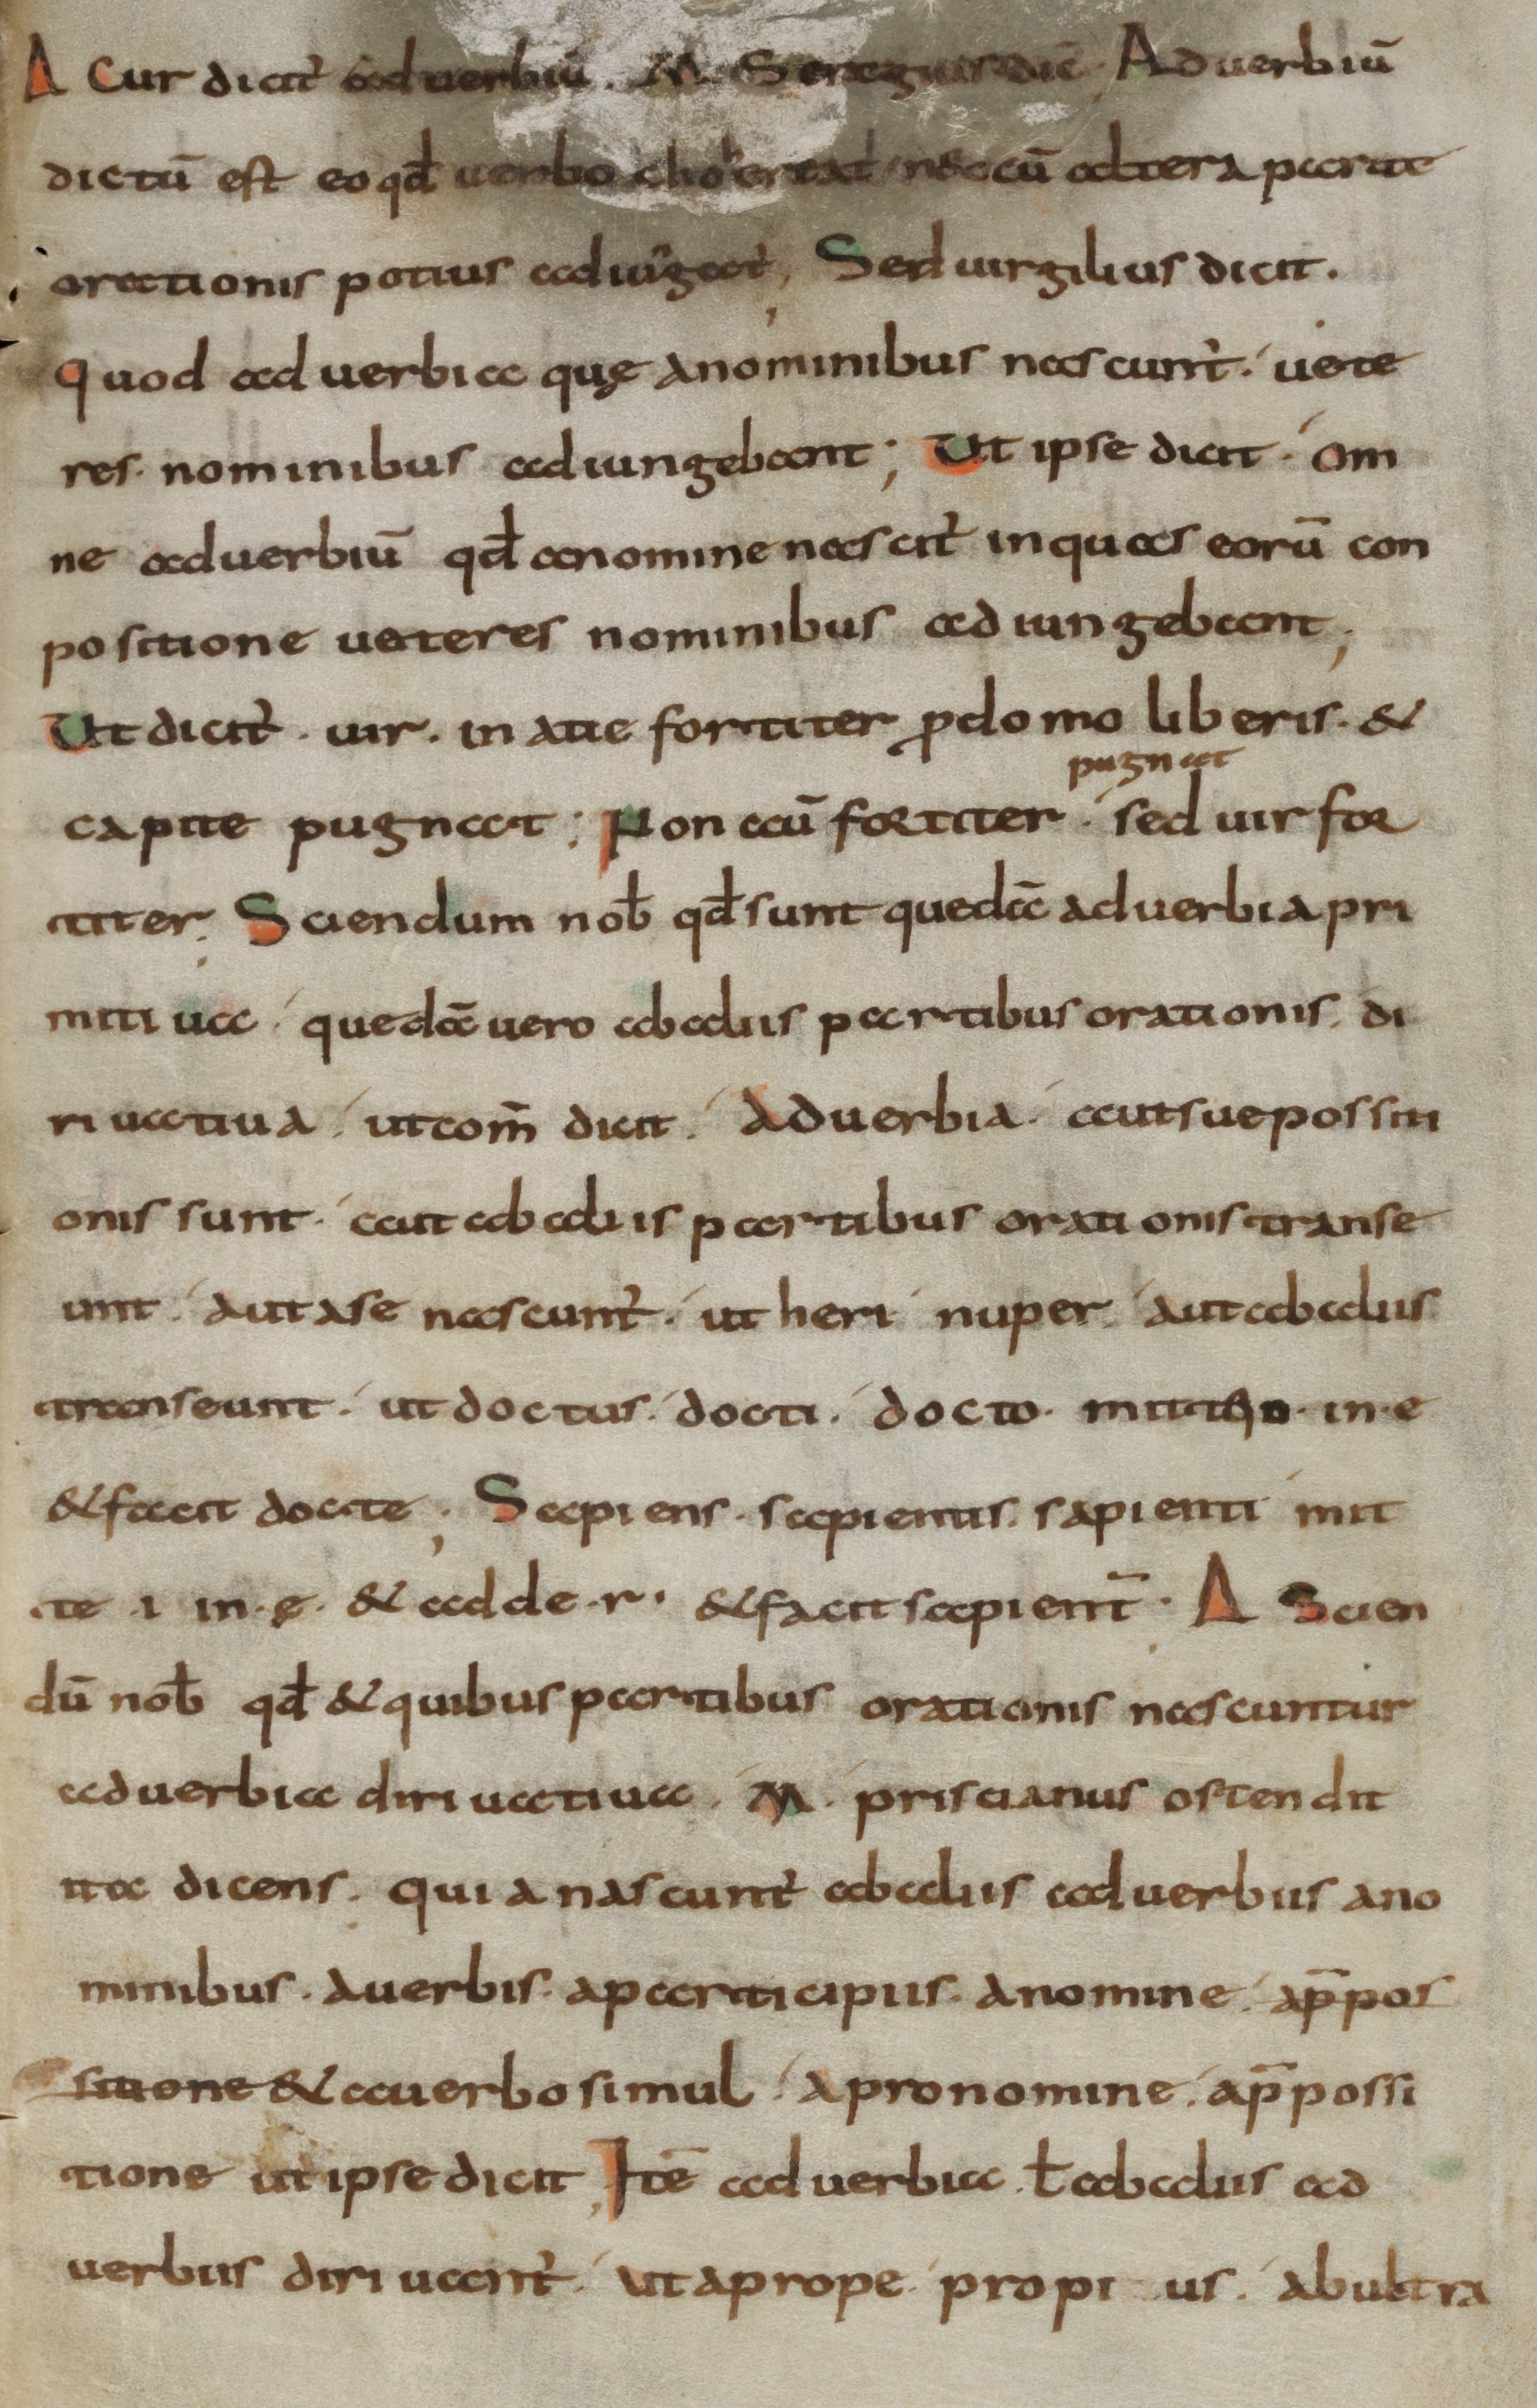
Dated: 800–899